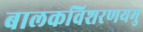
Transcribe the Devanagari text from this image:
बालकविशरणयमु